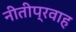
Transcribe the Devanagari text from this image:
नीतीप्रवाह